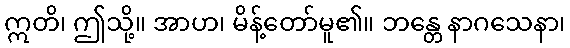
ဣတိ၊ ဤသို့။ အာဟ၊ မိန့်တော်မူ၏။ ဘန္တေ နာဂသေနာ၊